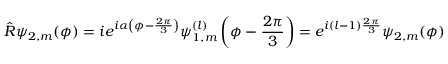
\hat { R } \psi _ { 2 , m } ( \phi ) = i e ^ { i \alpha \left( \phi - \frac { 2 \pi } { 3 } \right) } \psi _ { 1 , m } ^ { ( l ) } \left( \phi - \frac { 2 \pi } { 3 } \right) = e ^ { i ( l - 1 ) \frac { 2 \pi } { 3 } } \psi _ { 2 , m } ( \phi )